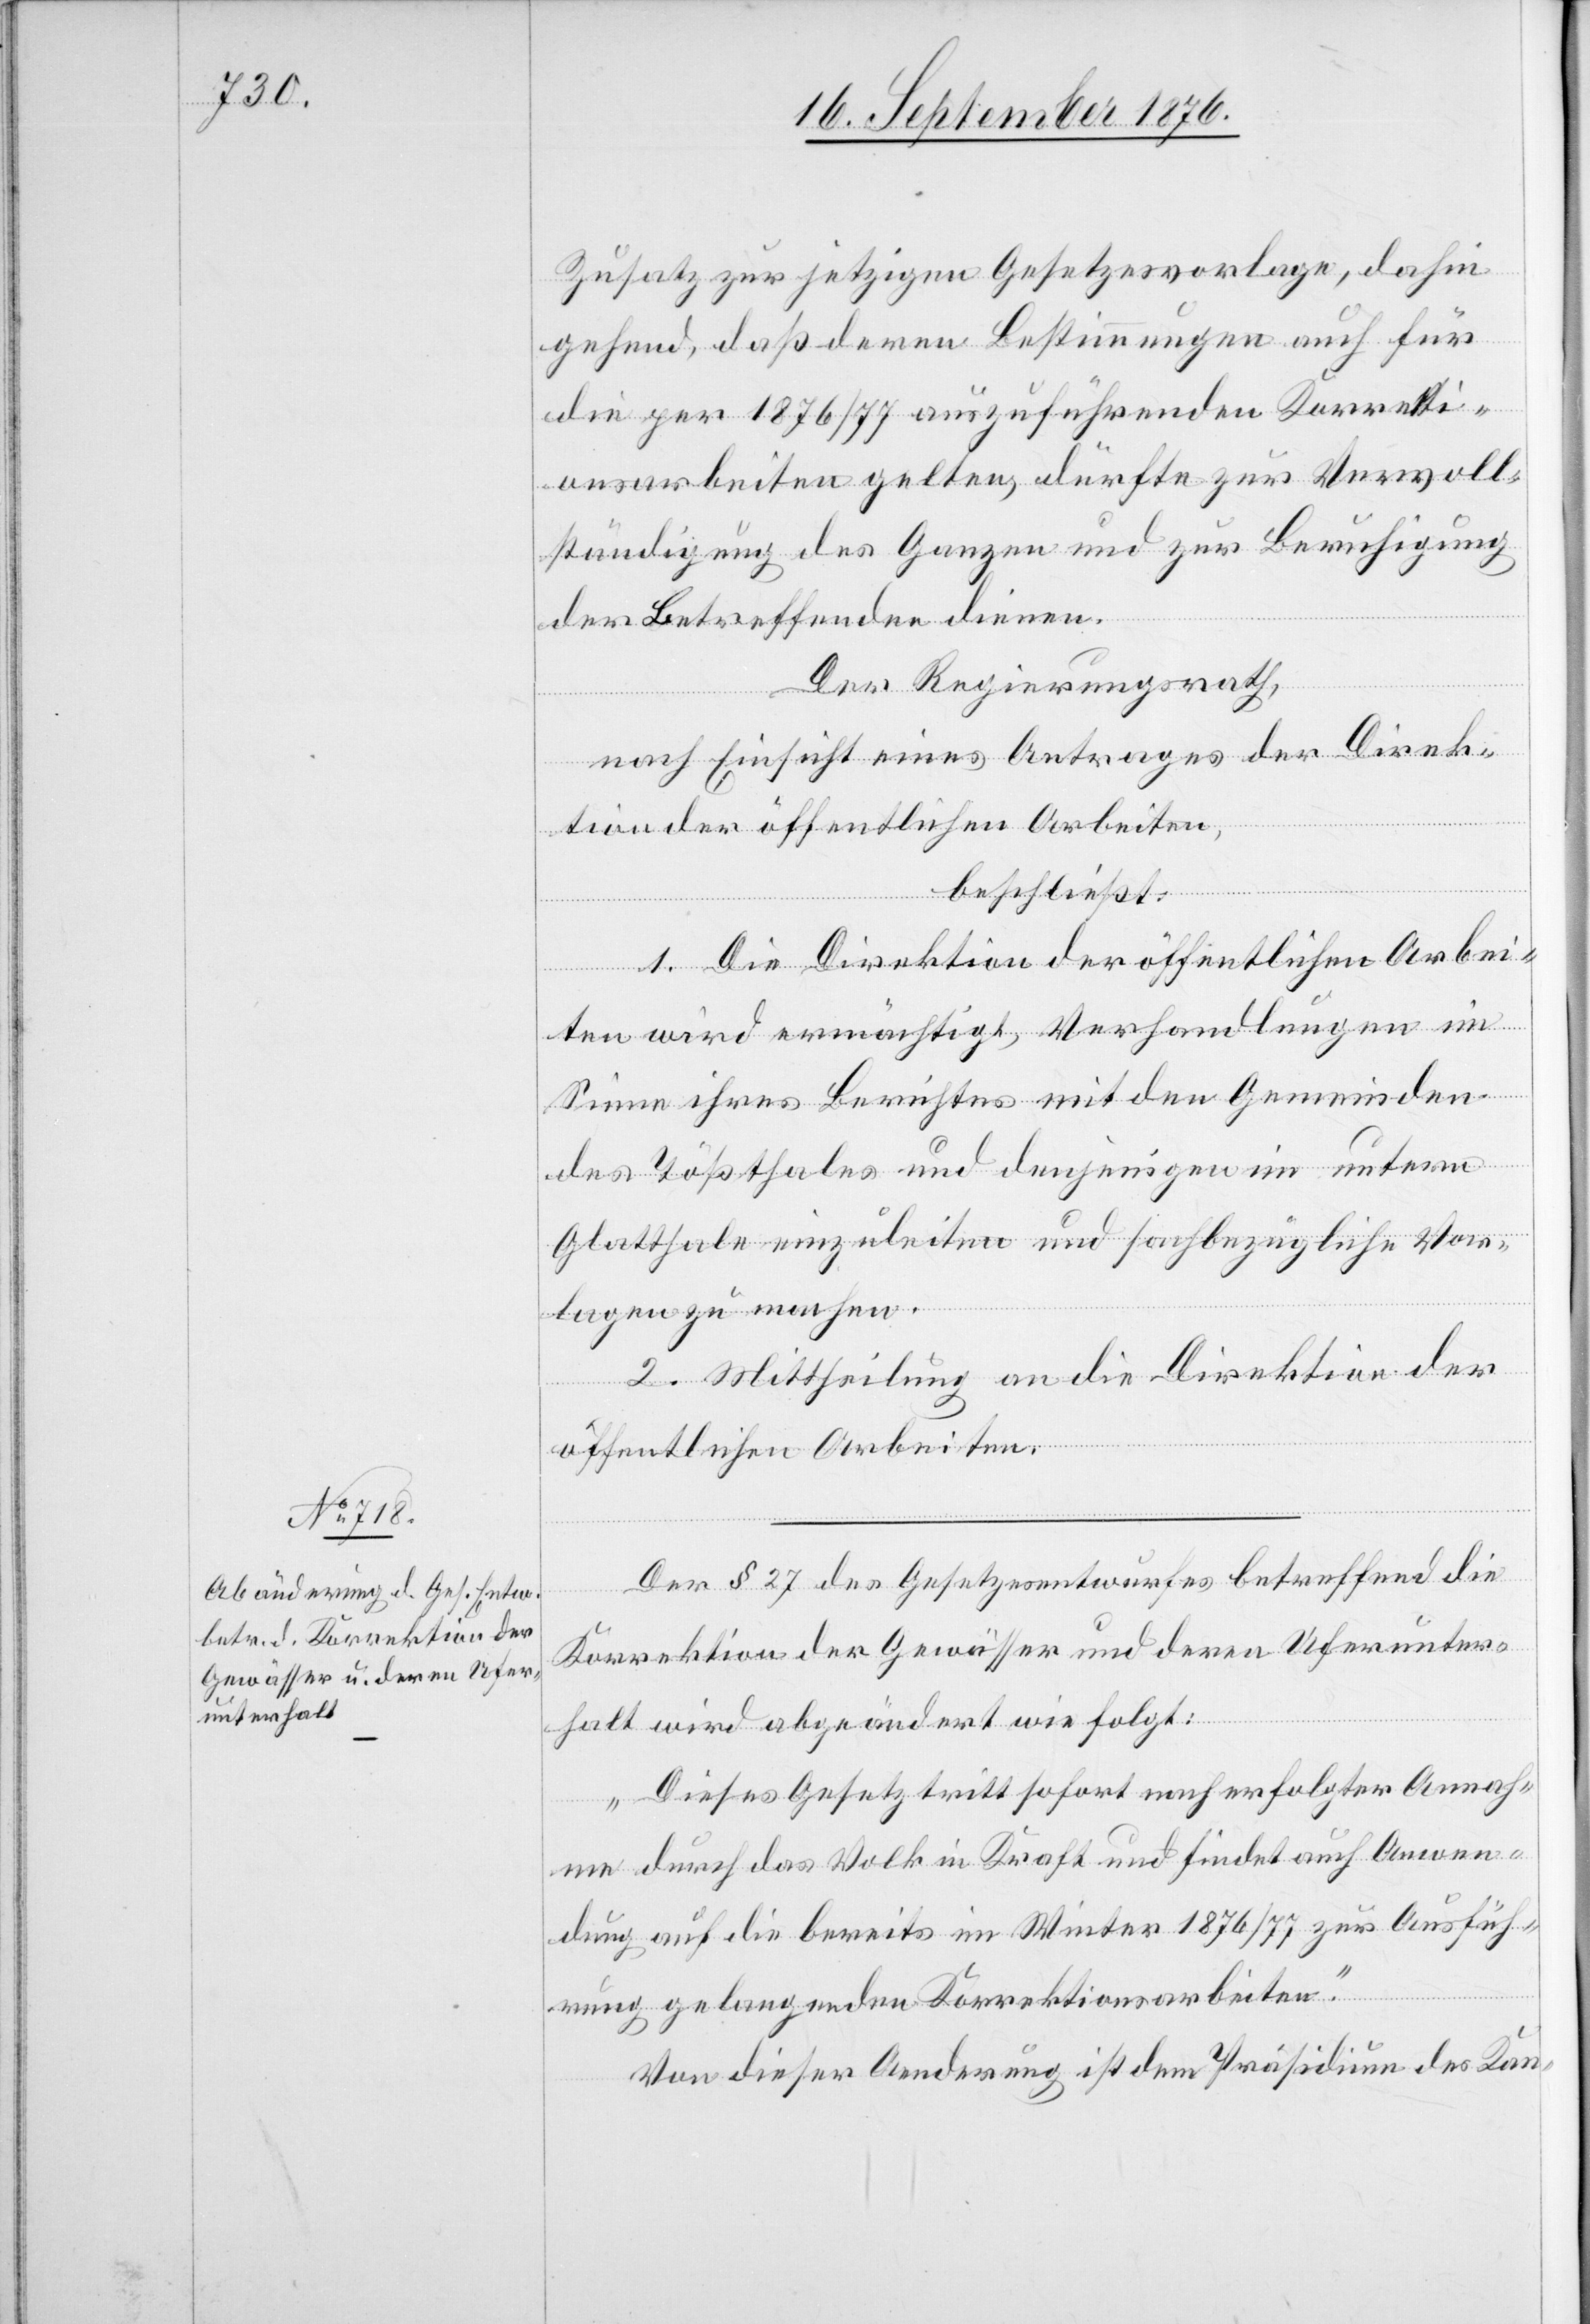
Zusatz zur jetzigen Gesetzesvorlage, dahin
gehend, daß deren Bestimmungen auch für
die per 1876/77 auszuführenden Korrekti¬
onsarbeiten gelten, dürfte zur Vervoll¬
ständigung des Ganzen und zur Beruhigung
der Betreffenden dienen.
Der Regierungsrath,
nach Einsicht eines Antrages der Direk¬
tion der öffentlichen Arbeiten,
beschließt:
1. Die Direktion der öffentlichen Arbei¬
ten wird ermächtigt, Verhandlungen im
Sinne ihres Berichtes mit den Gemeinden
des Tößthales und denjenigen im untern
Glatthale [sic!] einzuleiten und sachbezügliche Vor¬
lagen zu machen.
2. Mittheilung an die Direktion der
öffentlichen Arbeiten.
Der § 27 des Gesetzesentwurfes betreffend die
Korrektion der Gewässer und deren Uferunter¬
halt wird abgeändert wie folgt:
„Dieses Gesetz tritt sofort nach erfolgter Annah¬
me durch das Volk in Kraft und findet auch Anwen¬
dung auf die bereits im Winter 1876/77 zur Ausfüh¬
rung gelangenden Korrektionsarbeiten.“
Von dieser Aenderung ist dem Präsidium des Kan-